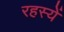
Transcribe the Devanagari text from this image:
रहस्यें